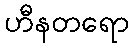
ဟီနတရော